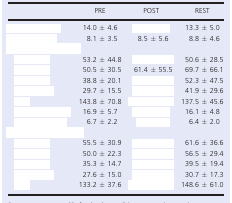
<table><thead><tr><td>[EMPTY_CELL]</td><td><b>PRE</b></td><td><b>POST</b></td><td><b>REST</b></td></tr></thead><tbody><tr><td>[EMPTY_CELL]</td><td>14.0 ± 4.6</td><td>[EMPTY_CELL]</td><td>13.3 ± 5.0</td></tr><tr><td>[EMPTY_CELL]</td><td>8.1 ± 3.5</td><td>8.5 ± 5.6</td><td>8.8 ± 4.6</td></tr><tr><td colspan="4">[EMPTY_CELL]</td></tr><tr><td>[EMPTY_CELL]</td><td>53.2 ± 44.8</td><td>[EMPTY_CELL]</td><td>50.6 ± 28.5</td></tr><tr><td>[EMPTY_CELL]</td><td>50.5 ± 30.5</td><td>61.4 ± 55.5</td><td>69.7 ± 66.1</td></tr><tr><td>[EMPTY_CELL]</td><td>38.8 ± 20.1</td><td>[EMPTY_CELL]</td><td>52.3 ± 47.5</td></tr><tr><td>[EMPTY_CELL]</td><td>29.7 ± 15.5</td><td>[EMPTY_CELL]</td><td>41.9 ± 29.6</td></tr><tr><td>[EMPTY_CELL]</td><td>143.8 ± 70.8</td><td>[EMPTY_CELL]</td><td>137.5 ± 45.6</td></tr><tr><td>[EMPTY_CELL]</td><td>16.9 ± 5.7</td><td>[EMPTY_CELL]</td><td>16.1 ± 4.8</td></tr><tr><td>[EMPTY_CELL]</td><td>6.7 ± 2.2</td><td>[EMPTY_CELL]</td><td>6.4 ± 2.0</td></tr><tr><td colspan="4">[EMPTY_CELL]</td></tr><tr><td>[EMPTY_CELL]</td><td>55.5 ± 30.9</td><td>[EMPTY_CELL]</td><td>61.6 ± 36.6</td></tr><tr><td>[EMPTY_CELL]</td><td>50.0 ± 22.3</td><td>[EMPTY_CELL]</td><td>56.5 ± 29.4</td></tr><tr><td>[EMPTY_CELL]</td><td>35.3 ± 14.7</td><td>[EMPTY_CELL]</td><td>39.5 ± 19.4</td></tr><tr><td>[EMPTY_CELL]</td><td>27.6 ± 15.0</td><td>[EMPTY_CELL]</td><td>30.7 ± 17.3</td></tr><tr><td>[EMPTY_CELL]</td><td>133.2 ± 37.6</td><td>[EMPTY_CELL]</td><td>148.6 ± 61.0</td></tr></tbody></table>